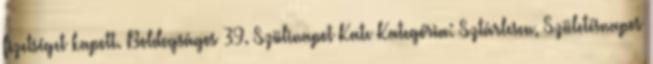
fizetséget kapott. Boldogságos 39. Szülinapot Kate Kategória: Sztárlesen, Születésnapos